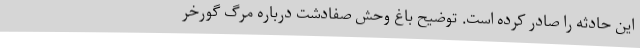
این حادثه را صادر کرده است. توضیح باغ وحش صفادشت درباره مرگ گورخر